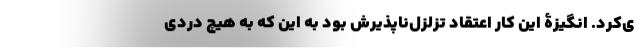
ی‌کرد. انگیزۀ این کار اعتقاد تزلزل‌ناپذیرش بود به این که به هیچ دردی